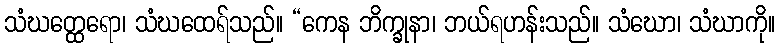
သံဃတ္ထေရော၊ သံဃထေရ်သည်။ “ကေန ဘိက္ခုနာ၊ ဘယ်ရဟန်းသည်။ သံဃော၊ သံဃာကို။